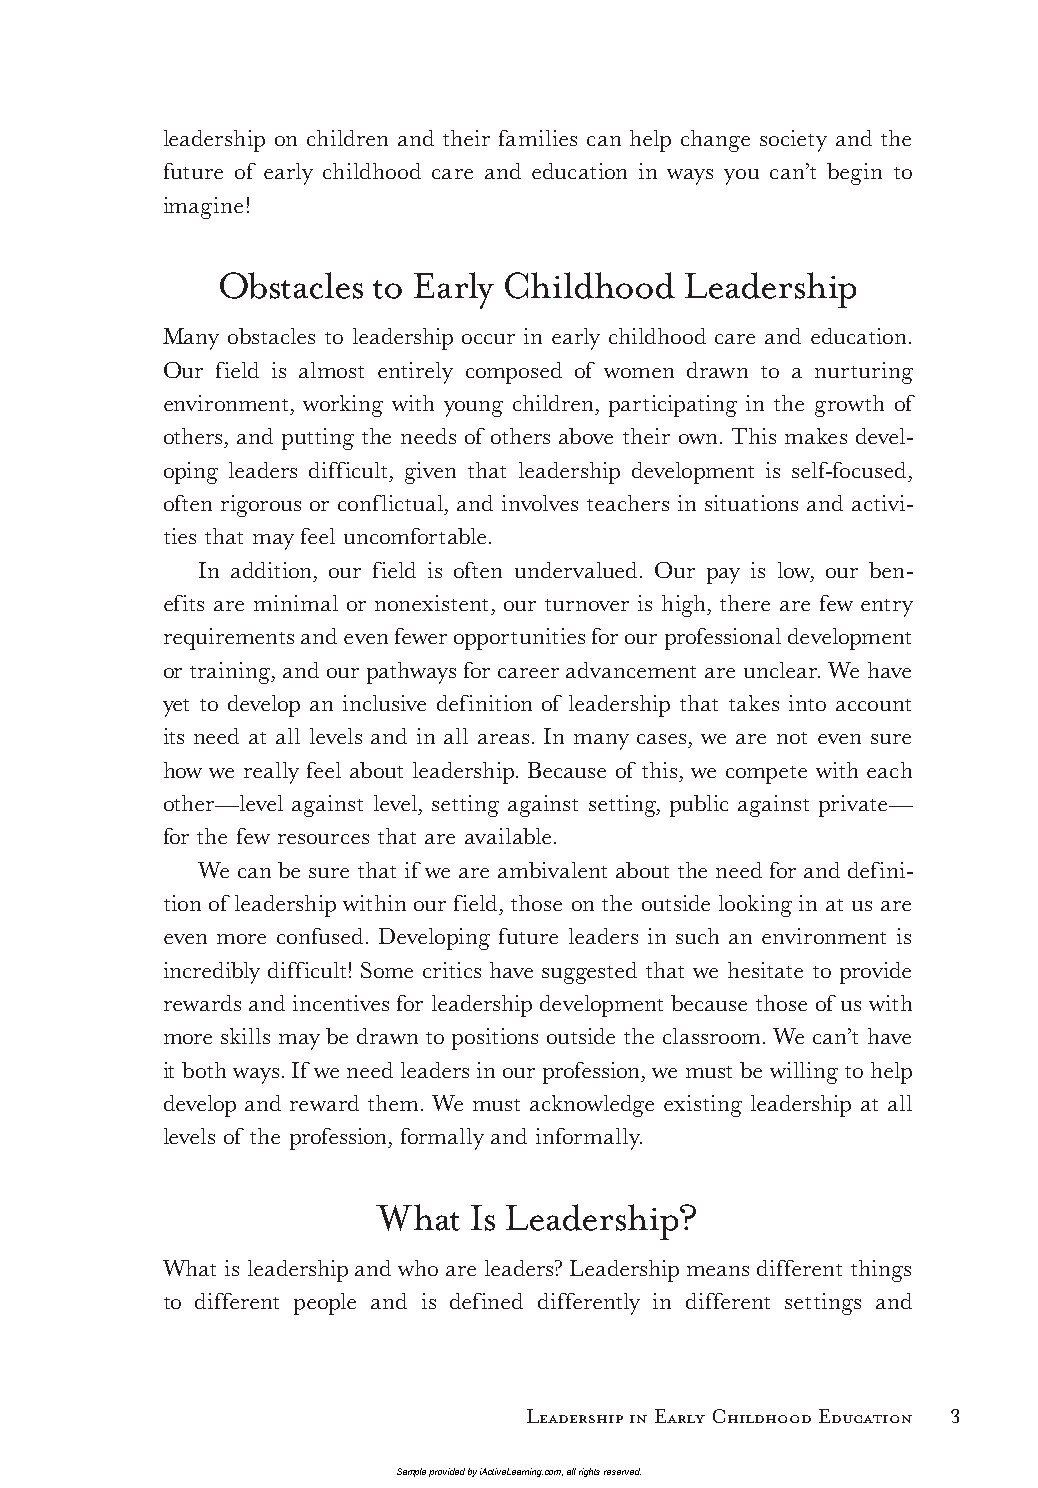
leadership on children and their families can help change society and the
 future of early childhood care and education in ways you can’t begin to
 imagine!
 Obstacles to Early Childhood   Leadership
 Many obstacles to leadership occur in early childhood care and education.
 Our field is almost entirely composed of women drawn to a nurturing
 environment, working with young children, participating in the growth of
 others, and putting the needs of others above their own. This makes devel-
 oping leaders difficult, given that leadership development is self-focused,
 often rigorous or conflictual, and involves teachers in situations and activi-
 ties that may feel uncomfortable.
 In addition, our field is often undervalued. Our pay is low, our ben-
 efits are minimal or nonexistent, our turnover is high, there are few entry
 requirements and even fewer opportunities for our professional development
 or training, and our pathways for career advancement are unclear. We have
 yet to develop an inclusive definition of leadership that takes into account
 its need at all levels and in all areas. In many cases, we are not even sure
 how we really feel about leadership. Because of this, we compete with each
 other—level against level, setting against setting, public against private—
 for the few resources that are available.
 We can be sure that if we are ambivalent about the need for and defini-
 tion of leadership within our field, those on the outside looking in at us are
 even more confused. Developing future leaders in such an environment is
 incredibly difficult! Some critics have suggested that we hesitate to provide
 rewards and incentives for leadership development because those of us with
 more skills may be drawn to positions outside the classroom. We can’t have
 it both ways. If we need leaders in our profession, we must be willing to help
 develop and reward them. We must acknowledge existing leadership at all
 levels of the profession, formally and informally.
 What  Is Leadership?
 What is leadership and who are leaders? Leadership means different things
 to different people and is defined differently in different settings and
 Leadership in Early Childhood Education 3
 Sample provided by iActiveLearning.com, all rights reserved.
 LTL2_FINALpp.indd 3                                         11/4/09 3:21:07 PM